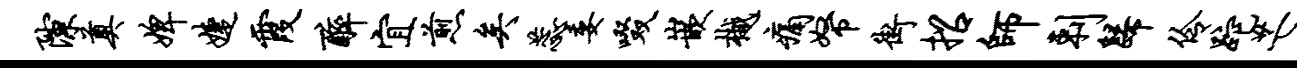
隙奠婢婕霞醉宜煎矣蕊委啜嵌樾痛帑街招师剌归伶跎芒